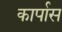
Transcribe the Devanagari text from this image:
कार्पास